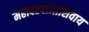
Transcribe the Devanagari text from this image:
महादरवाजाशिवाय